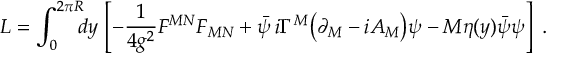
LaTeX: { \cal L } = \int _ { 0 } ^ { 2 \pi R } \! \! \! d y \, \left[ - \frac { 1 } { 4 g ^ { 2 } } F ^ { M N } F _ { M N } + \bar { \psi } \, i \Gamma ^ { M } \big ( \partial _ { M } - i A _ { M } \big ) \psi - M \eta ( y ) \bar { \psi } \psi \right] \; .